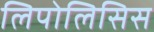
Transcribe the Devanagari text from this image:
लिपोलिसिस